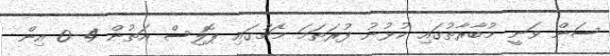
ސަން ވަނީ މުބާރާތުގައި ކުޅުނު ފުރަތަމަ މެޗުގައި ޕޮލިސް އަތުން 4-0 އިން